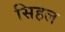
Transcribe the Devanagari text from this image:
सिहल